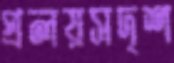
প্রলয়সদৃশ